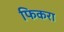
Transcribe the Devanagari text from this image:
फिकरा